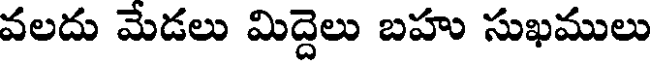
వలదు మేడలు మిద్దెలు బహు సుఖములు